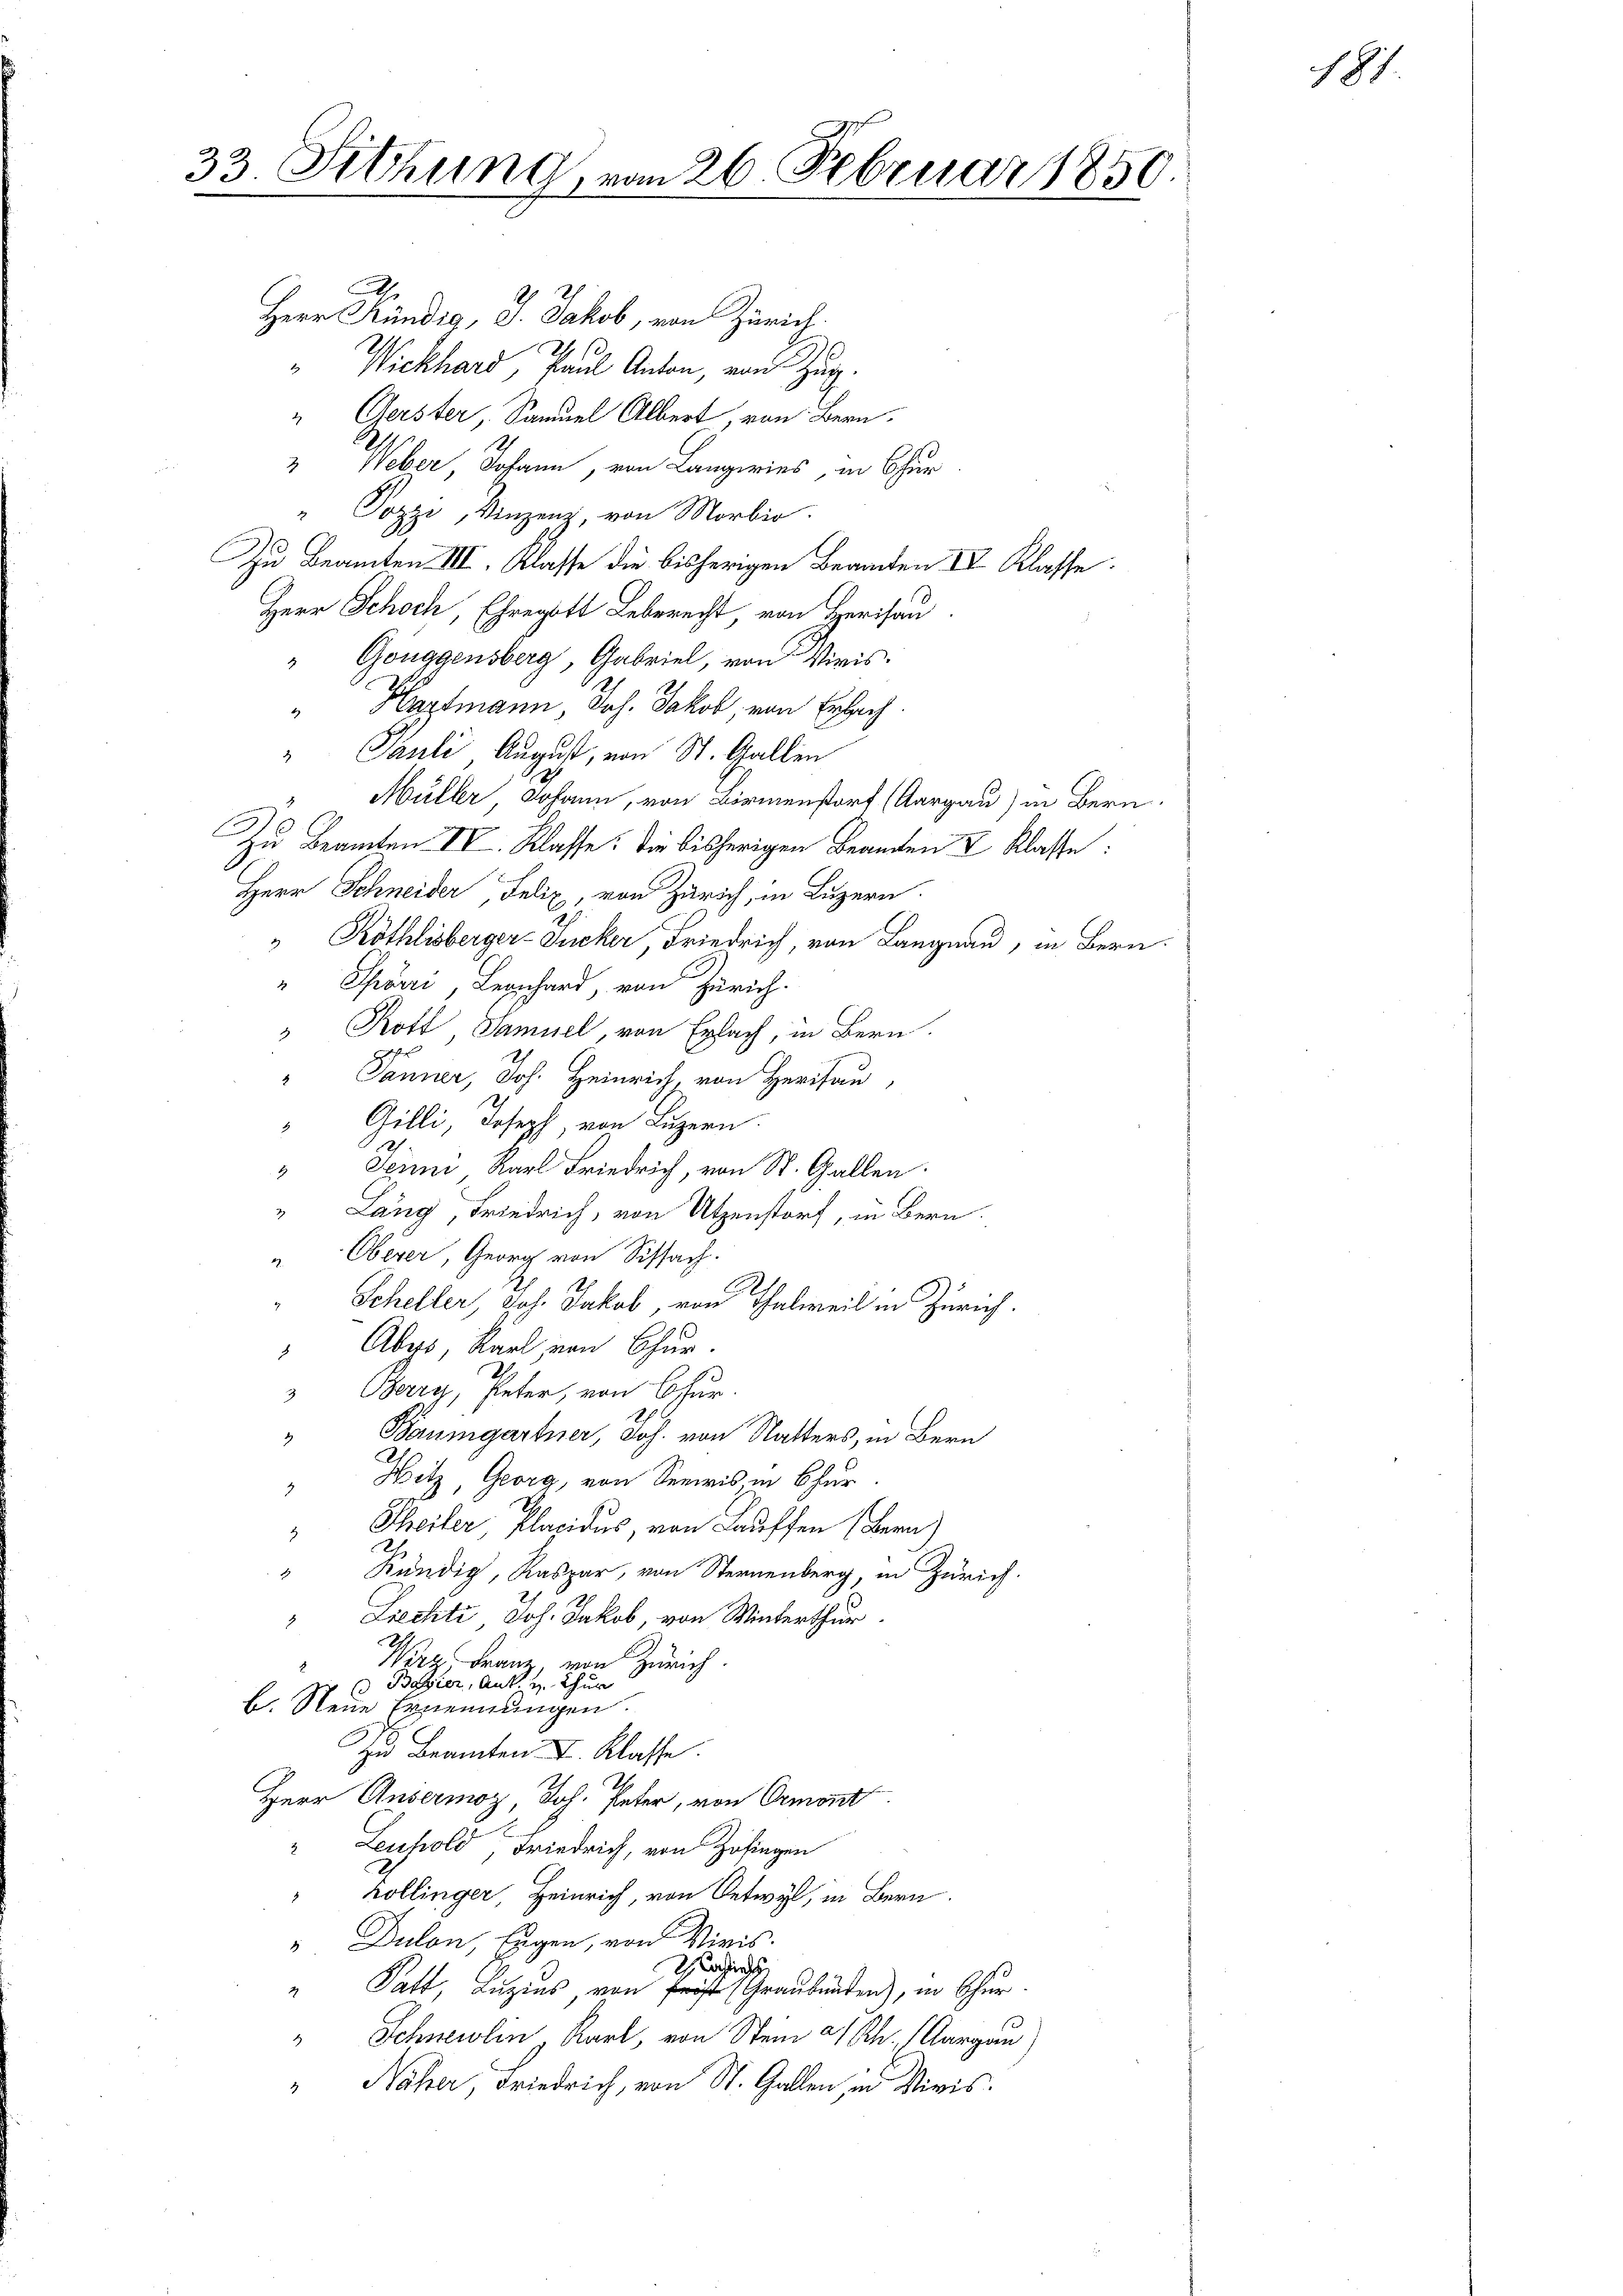
33. Sitzung, vom 26. Februar 1850.

.
Herr Kündig, J. Jakob, von Zürich.
" Wickhard, Paul Anton, von Zug.
“ Gerster, Samuel Albert, von Bern
 Weber, Johann, von Langwies, in Chur
" Pozzi, Vinzenz, von Morbio.
Zu Beamten III. Klasse die bisherigen Beamten IV Klasse.
Herr Schoch, Ehregott Leberecht von Herisau
"Gouggensberg, Gabriel, von Wiris¬
Hartmann, Joh. Jakob, von Erlach.
" Pauli August, von St. Gallen
 Müller, Johann, von Birmenstorf (Aargau) in Bern.
Zu Beamten IV. Klasse. Die bisherigen Beamten & Klasse:
Herr Schneider, Felix, von Zürich, in Luzern.
 Röthlisberger-Jucker, Friedrich, von Langnau, in Bern.
" Spörri, Leonhard, von Zürich.
" Rott, Samuel von Erlach, in Bern.
Tanner, Joh. Heinrich, von Herisau,
Gilli, Joseph, von Luzern.
1
" Sein Karl Friedrich, von St. Gallen.
" Lang Friedrich, von Utzenstorf, in Bern.
Oberer, Georg von Sissach.
2
Scheller, Joh. Jakob, von Thalweil in Zürich.
" Abers, Karl von Chur.
Berry, Peter, von Chur-
" Baumgartner, Joh. von Natters, in Bern
" Hitz, Georg, von Seewis, in Chur
 Theiler, Placidus, von Lauffen (Bern)
“ Kündig, Kaspar, von Sternenberg, in Zürich.
Liechte Joh. Jakob, von Winterthur.
2
Wirz Franz, von Zürich
 Bavier, Ant. u. Thur
b. Neue Ernennungen
zu Beamten I. Klasse.
Herr Ansermog Joh. Peter, von Ormont
Leuhold Friedrich, von Zofingen
kollinger, Heinrich, von Oetwyl, in Bern.
"Dulon, Eugen, von Viris.
achins
Patt, Luzins, von Frist (Graubünden), in Chur
2
Schneidlin Karl, von Stein a/Rh. (Aargau)
.
" Näher, Friedrich, von St. Gallen, in Miris.

181